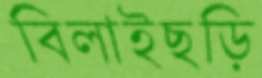
বিলাইছড়ি